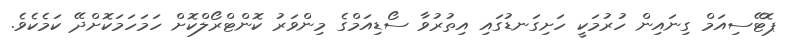
ޕޮޓޭސިއަމް ގިނައިން ހުރުމަކީ ހަށިގަނޑުގައި އިތުރުވާ ސޯޑިއަމްގެ މިންވަރު ކޮންޓްރޯލްކޮށް ހަމަހަމަކޮށްދޭ ކަމެކެވެ.